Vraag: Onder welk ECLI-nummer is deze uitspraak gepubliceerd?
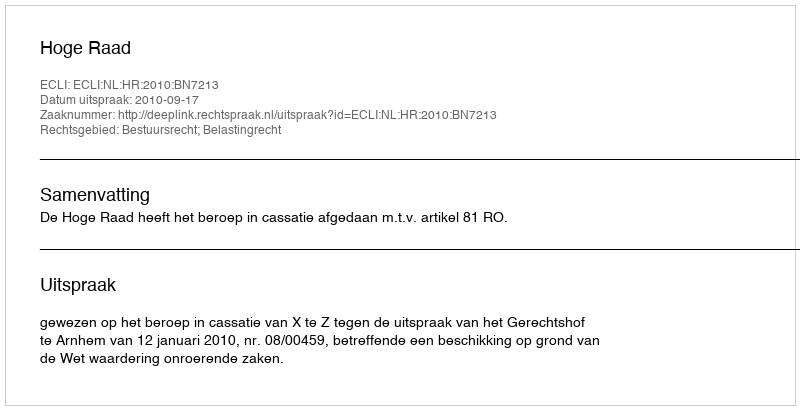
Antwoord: ECLI:NL:HR:2010:BN7213